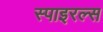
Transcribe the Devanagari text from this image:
स्पाइरल्स